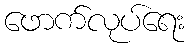
ဖောက်လုပ်ရေး